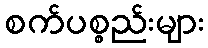
စက်ပစ္စည်းများ